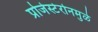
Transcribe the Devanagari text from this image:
प्रोजेस्टेरोनमुळे